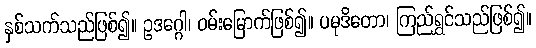
နှစ်သက်သည်ဖြစ်၍။ ဥဒဂ္ဂေါ၊ ဝမ်းမြောက်ဖြစ်၍။ ပမုဒိတော၊ ကြည်ရွှင်သည်ဖြစ်၍။